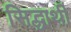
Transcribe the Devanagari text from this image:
सिद्धार्थी